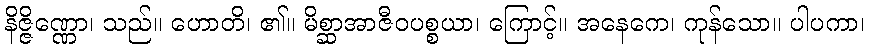
နိဇ္ဇိဏ္ဏော၊ သည်။ ဟောတိ၊ ၏။ မိစ္ဆာအာဇီဝပစ္စယာ၊ ကြောင့်။ အနေကေ၊ ကုန်သော။ ပါပကာ၊